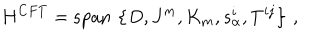
H ^ { C F T } = \mathrm { s p a n } \, \left\{ D , J ^ { m } , K _ { m } , s _ { \alpha } ^ { i } , T ^ { i j } \right\} \, ,